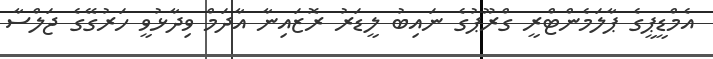
އެމްޑީޕީގެ ޕާލަމެންޓްރީ ގްރޫޕުގެ ނައިބު ލީޑަރު ރޮޒައިނާ އާދަމް ވިދާޅުވީ ހަރުގޭގެ ޖަލްސާ